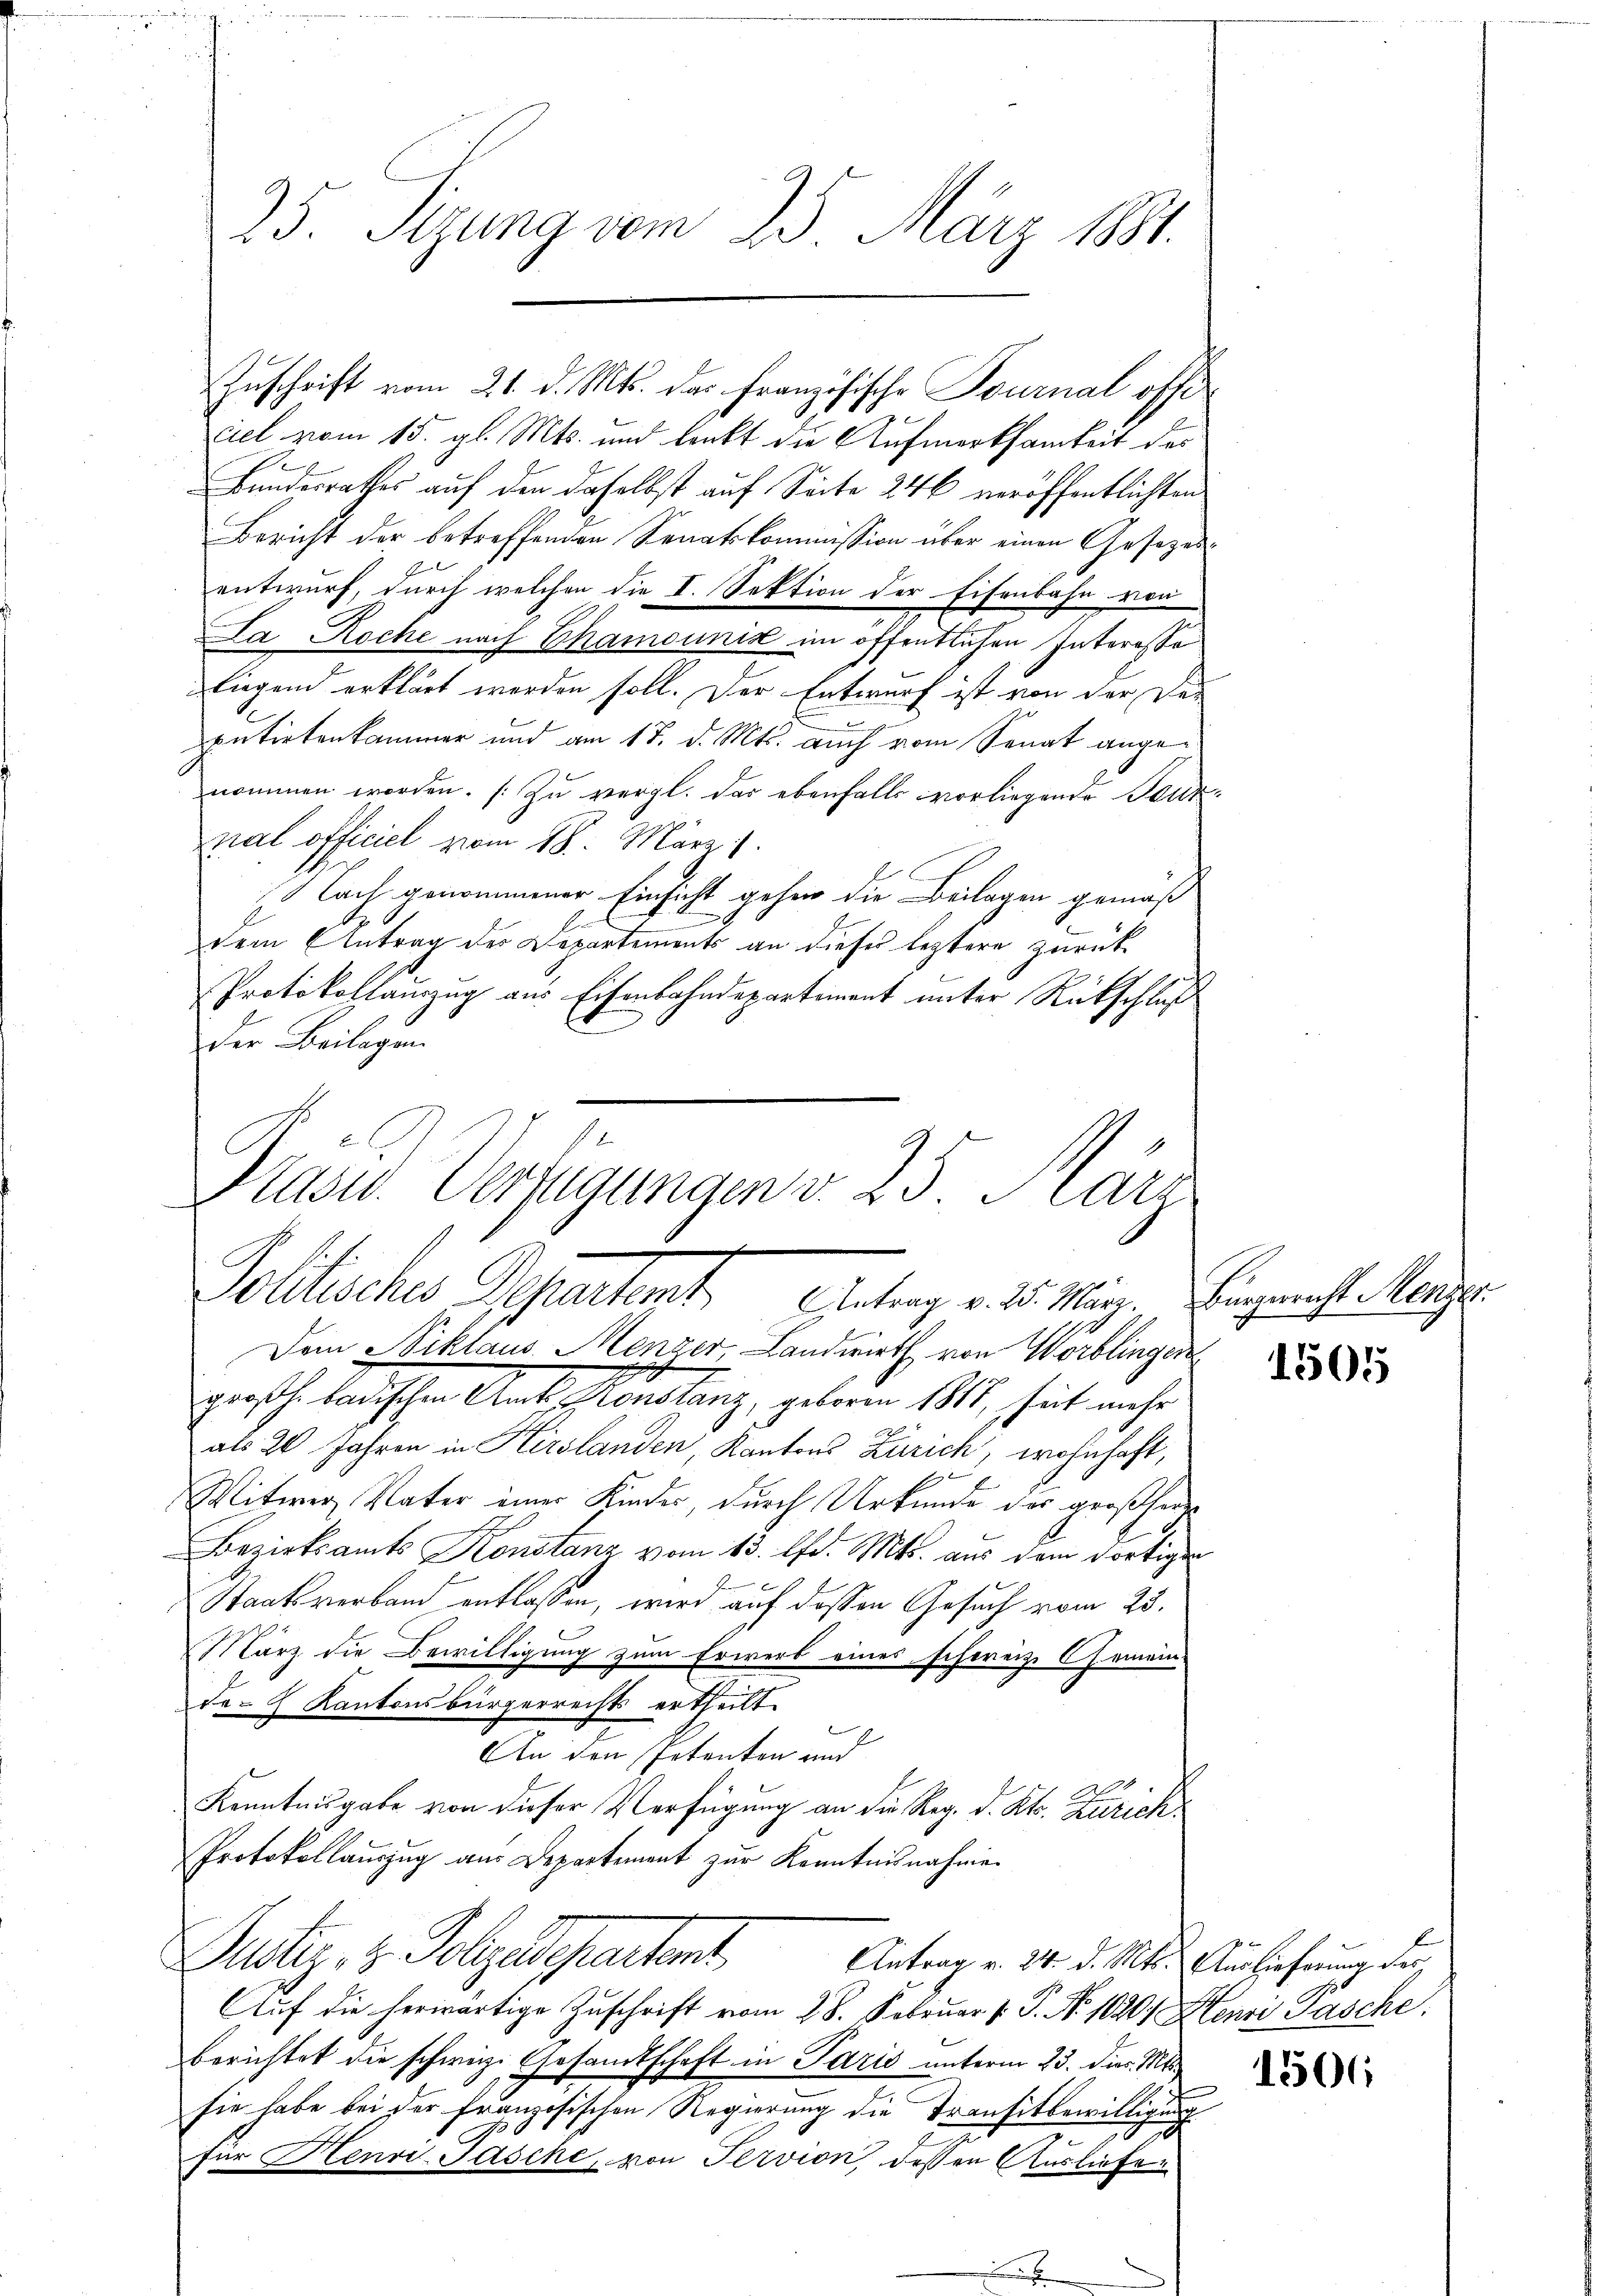
25. Sizung vom 23. März 1884.

ciel vom 15. gl. Mts. und lenkt die Aufmerksamkeit des
Bundesrathes auf den daselbst auf Seite 246 veröffentlichten
Bericht der betreffenden Senatskommission über einen Gesezesentwurf, durch welchen die I. Sektion der Eisenbahn von
La Roche nach Schamsunis im öffentlichen Interesse
liegend erklärt werden soll. Der Entwurf ist von der Ver
putirtenkammer und am 17. d. Mts. auch vom Senat angenommen worden. (Zu vergl. das ebenfalls vorliegende Deuznal officiel vom 18. März 1
ach genommener Einsicht gehen die Beilagen gemäß
dem Antrag der Departements an dieses leztere zurück
Protokollauszug aus Eisenbahndepartement unter Rückschluß
der Beilagen
Pass. Verfügungen v. 23. März

Zuschrift vom 21. d. Mts. das Französische Tournal offe¬

7
Politisches Departemt Antrag v. 25. März. Eingericht Menger.

Dem Niklaus Menzer, Landwirth von Worblingen
großh. badischen Amts Konstanz, geborn 1814, sich mehr
als 20 Jahren in Hirslanden, Kantons Zürich, wohnhaft,
6
Witwer Vater einer Kinder, durch Urkunde der großherze
Bezirksamts Konstanz vom 13. lfd. Mts. aus dem dortigen
2
Staatsverband entlassen, wird auf dessen Gesuch vom 23.
März die Bewilligung zum Erwerb eines schweiz. Gemein-
de Kantonsbürgerrechts ertheilt.
2
An den Petenten und
Kenntnisgabe von dieser Verfügung an die Reg. d. Kts. Zürich¬
Protokollauszug aus Departement zur Kenntnisnahme
Justiz, u. Folgendepartent
Antrag v. 24. d. Mts. Auslieferung der
Auf die herwärtige Zuschrift vom 28. Februar v. P. Nr. 1020/ Henri Tasche
berichtet die schweiz. Gesandtschaft in Paris unterm 23. dies. Mts.
sie habe bei der französischen Regierung die Transitbewilligung
für Henri Tasche, von Servion, dessen Ausliefer

1505

1506